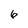
Character: 6